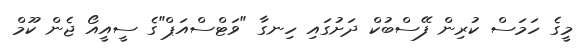
މީގެ ހަމަސް ކުރިން ފޭސްބުކް ދަށުގައި ހިނގާ "ވަޓްސްއަޕް"ގެ ސީއީއޯ ޖެން ކޫމް